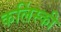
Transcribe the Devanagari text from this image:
कलिंस्की